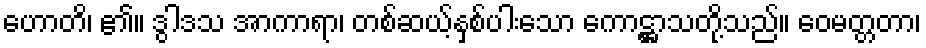
ဟောတိ၊ ၏။ ဒွါဒသ အာကာရာ၊ တစ်ဆယ့်နှစ်ပါးသော ကောဋ္ဌာသတို့သည်။ ဝေမတ္တတာ၊